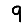
Digit: 9